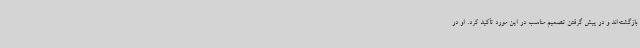
بازگشته‌اند و در پیش گرفتن تصمیم مناسب در این مورد تأکید کرد. او در